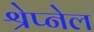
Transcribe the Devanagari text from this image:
श्रेप्नेल